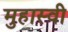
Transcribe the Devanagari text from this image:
मुहास्वी